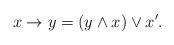
LaTeX: \begin{align*}x\rightarrow y=(y\wedge x)\vee x'.\end{align*}